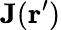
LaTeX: \mathbf{J}(\mathbf{r}^{\prime})